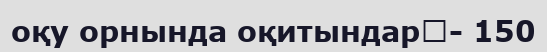
оқу орнында оқитындар	- 150